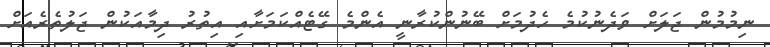
ނިމުމުން ޖަލަށް ވަދެނުކުމެ ހެދުމަށް ބޭނުންކުރާނީ އެންމެ ގޭޓެއްކަމަށާއި އިތުރު ދިމާއަކުން ޖަލުތެރެއަށް